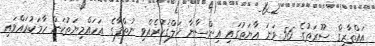
އައްޠާރިޤް ސޫރަތުގެ 56 ވަނަ އާޔަތުގައި އިންސާނާ ޚަލްޤުކުރެއްވި ނުޠްފާގެ އަހައްމިޔަތުކަން ހާމަކުރައްވައި